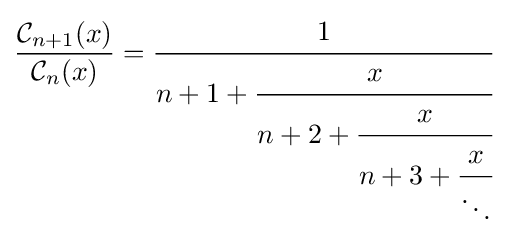
{\frac {{\mathcal {C}}_{n+1}(x)}{{\mathcal {C}}_{n}(x)}}={\cfrac {1}{n+1+{\cfrac {x}{n+2+{\cfrac {x}{n+3+{\cfrac {x}{\ddots }}}}}}}}